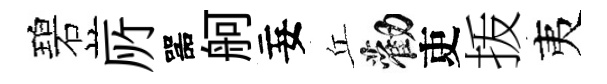
碧𠩄噐舸妄丘勸吏㧞夷